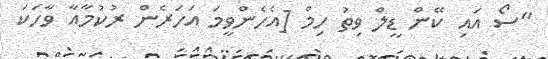
"ސޯ އައި ކޭން ޑީލް ވިތު ހިމް [އެހެންވީމަ އަހަރެން ރުކުމާއާ ވާހަކަ